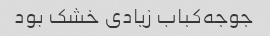
جوجه‌کباب زیادی خشک بود